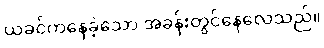
ယခင်ကနေခဲ့သော အခန်းတွင်နေလေသည်။